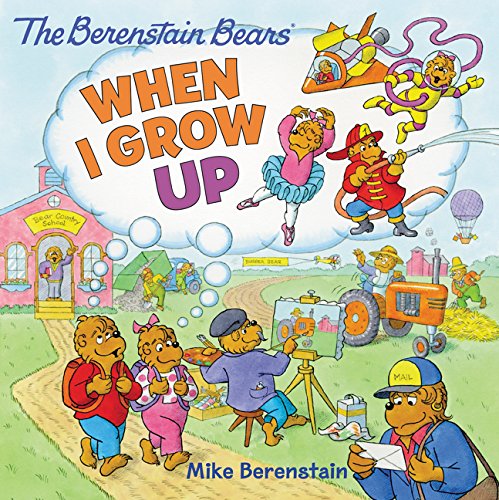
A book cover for The Berenstain Bears: When I Grow Up; Mike Berenstain; Children's Books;